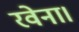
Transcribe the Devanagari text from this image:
रवेना।